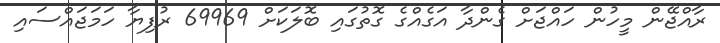
ރާއްޖޭން މީހުން ހައްޖަށް ގެންދާ އަގެއްގެ ގޮތުގައި ބޮލަކަށް 69969 ރުފިޔާ ހަމަޖައްސައި